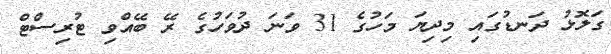
ގަލޮޅު ދަނޑުގައި މިދިޔަ މަހުގެ 31 ވަނަ ދުވަހުގެ ރޭ ބޭއްވި ޓުރިސްޓް